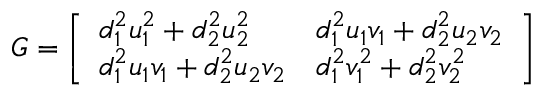
G = \left[ \begin{array} { l l } { d _ { 1 } ^ { 2 } u _ { 1 } ^ { 2 } + d _ { 2 } ^ { 2 } u _ { 2 } ^ { 2 } } & { d _ { 1 } ^ { 2 } u _ { 1 } v _ { 1 } + d _ { 2 } ^ { 2 } u _ { 2 } v _ { 2 } } \\ { d _ { 1 } ^ { 2 } u _ { 1 } v _ { 1 } + d _ { 2 } ^ { 2 } u _ { 2 } v _ { 2 } } & { d _ { 1 } ^ { 2 } v _ { 1 } ^ { 2 } + d _ { 2 } ^ { 2 } v _ { 2 } ^ { 2 } } \end{array} \right]